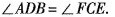
$$∠ A D B = ∠ F C E$$.